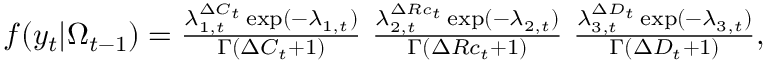
\begin{array} { r c l } { f ( y _ { t } | \Omega _ { t - 1 } ) = \frac { \lambda _ { 1 , t } ^ { \Delta C _ { t } } \exp ( - \lambda _ { 1 , t } ) } { \Gamma ( \Delta C _ { t } + 1 ) } ~ \frac { \lambda _ { 2 , t } ^ { \Delta R c _ { t } } \exp ( - \lambda _ { 2 , t } ) } { \Gamma ( \Delta R c _ { t } + 1 ) } ~ \frac { \lambda _ { 3 , t } ^ { \Delta D _ { t } } \exp ( - \lambda _ { 3 , t } ) } { \Gamma ( \Delta D _ { t } + 1 ) } , } \end{array}